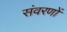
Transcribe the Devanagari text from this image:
संवरणों